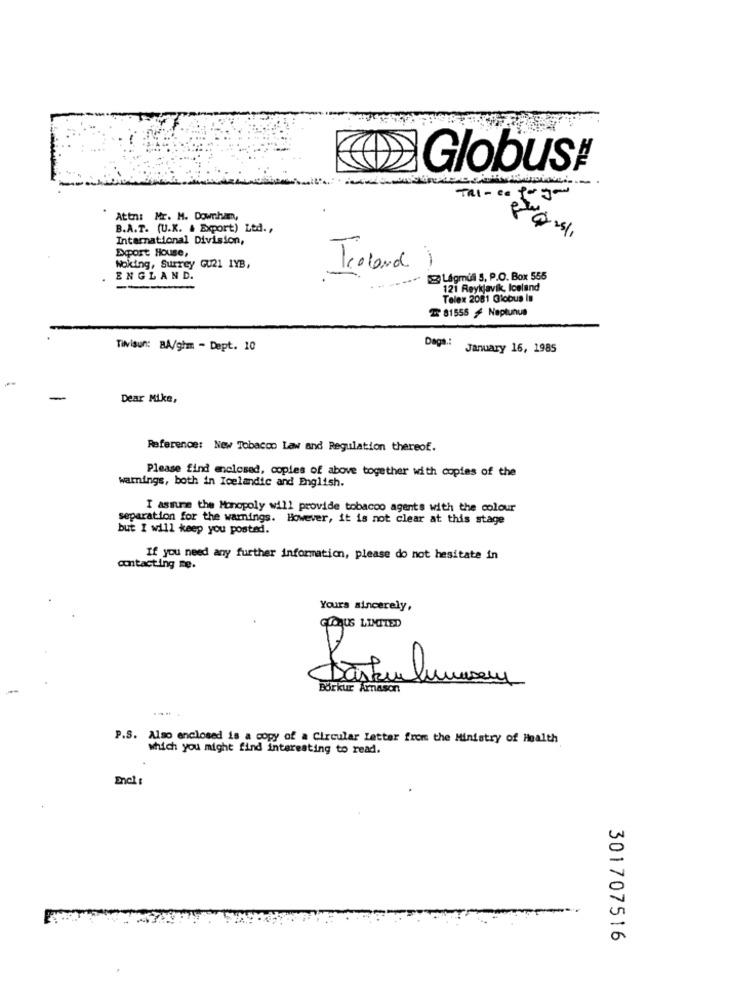
Globus#
Attn: Mr. M. Downham,
B.A.T. (U.K. & Export) Ltd .,
+25/
International Division,
Export House,
Woking, Surrey GU21 1YB,
Troland)
ENGLAND.
Légmuli 5, P.O. Box 555
121 Reykjavik, Iceland
Telex 2081 Globus In
T 81555 ≤ Neptunus
Daga .:
Tivisun: BA/ghm - Dept. 10
January 16, 1985
Dear Mike,
Reference: New Tobacco Law and Regulation thereof.
Please find enclosed, copies of above together with copies of the
warnings, both in Icelandic and English.
I assume the Monopoly will provide tobacco agents with the colour
separation for the warnings. However, it is not clear at this stage
but I will keep you posted.
If you need any further information, please do not hesitate in
contacting me.
Yours sincerely,
GLOAUS LIMITED
Borkur Arnason
P.S. Also enclosed is a copy of a Circular Letter from the Ministry of Health
which you might find interesting to read.
301707516